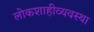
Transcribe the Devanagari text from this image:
लोकशाहीव्यवस्था